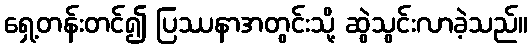
ရှေ့တန်းတင်၍ ပြဿနာအတွင်းသို့ ဆွဲသွင်းလာခဲ့သည်။